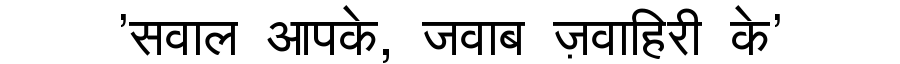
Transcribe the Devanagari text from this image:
'सवाल आपके, जवाब ज़वाहिरी के'